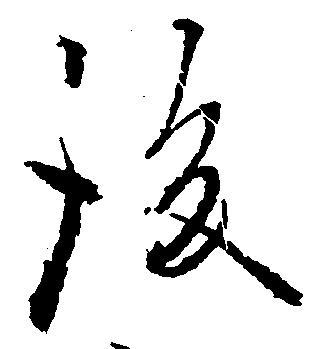
後